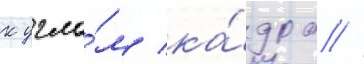
к угла́м ка́дра //